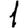
Digit: 1